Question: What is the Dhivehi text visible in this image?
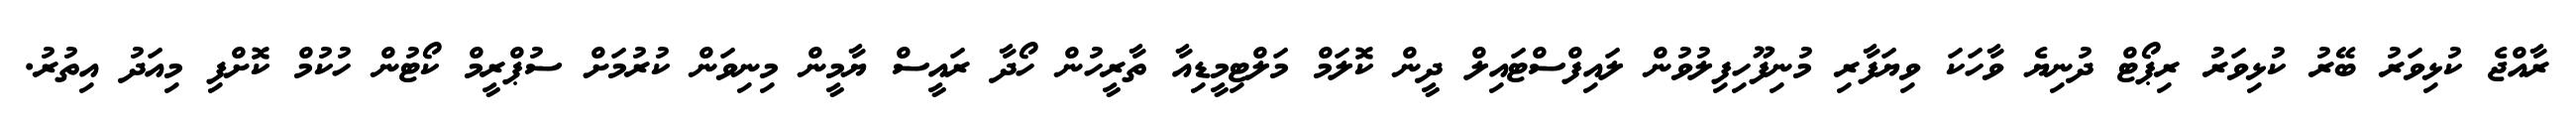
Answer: ރާއްޖެ ކުޅިވަރު ބޭރު ކުޅިވަރު ރިޕޯޓް ދުނިޔެ ވާހަކަ ވިޔަފާރި މުނިފޫހިފިލުވުން ލައިފްސްޓައިލް ދީން ކޮލަމް މަލްޓިމީޑިއާ ތާރީހުން ހޯދާ ރައީސް ޔާމީން މިނިވަން ކުރުމަށް ސުޕްރީމް ކޯޓުން ހުކުމް ކޮށްފި މިއަދު އިތުރު.